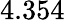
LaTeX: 4.354